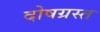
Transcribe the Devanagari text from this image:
दोषग्रस्त